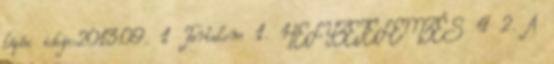
lépés ideje:2013.09. 1 Tartalom 1. HELYZETELEMZÉS 4 2. A